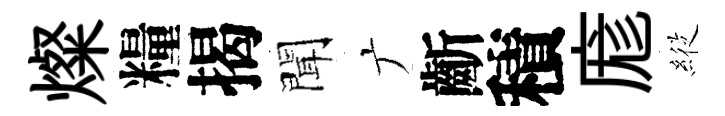
燦糧揭聞广齗積庬𦂵